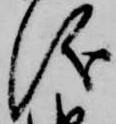
儀